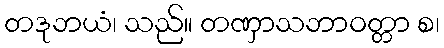
တဒုဘယံ၊ သည်။ တဏှာသဘာဝတ္တာ စ၊